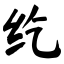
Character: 纥